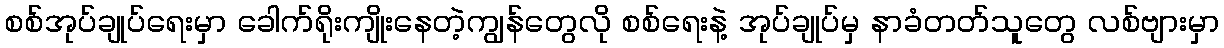
စစ်အုပ်ချုပ်ရေးမှာ ခေါက်ရိုးကျိုးနေတဲ့ကျွန်တွေလို စစ်ရေးနဲ့ အုပ်ချုပ်မှ နာခံတတ်သူတွေ လစ်ဗျားမှာ